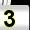
Digit: 3